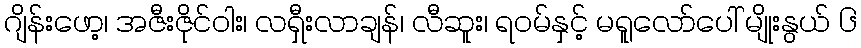
ဂျိန်းဖော့၊ အဇီးဇိုင်ဝါး၊ လရှီးလာချန်၊ လီဆူး၊ ရဝမ်နှင့် မရူလော်ပေါ် မျိုးနွယ် ၆